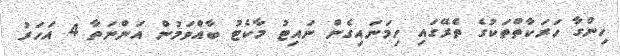
ހިންގާ ހަރަކާތްތަކުގެ ތެރޭގައި ހިމަނައިގެން ނައިޓު މާކެޓު ބާއްވަމުން އަންނަތާ 4 އަހަރު